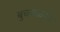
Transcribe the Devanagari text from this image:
बुचकळ्यांत